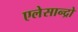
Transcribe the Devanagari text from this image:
एलेसान्द्रो